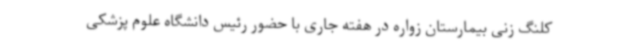
کلنگ زنی بیمارستان زواره در هفته جاری با حضور رئیس دانشگاه علوم پزشکی